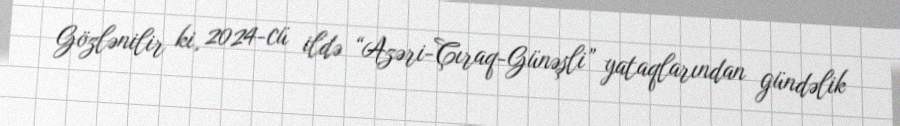
Gözlənilir ki, 2024-cü ildə “Azəri-Çıraq-Günəşli” yataqlarından gündəlik